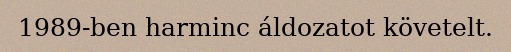
1989-ben harminc áldozatot követelt.